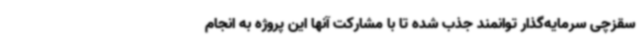
سقزچی سرمایه‌گذار توانمند جذب شده تا با مشارکت آنها این پروژه به انجام